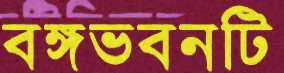
বঙ্গভবনটি